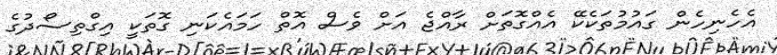
އެހެނިހެން ގައުމުތަކެކޭ އެއްގޮތަށް ރާއްޖެ އަށް ވެސް އޮތް ހަމައެކަނި ގޮތަކީ އިގްތިސޯދުގެ